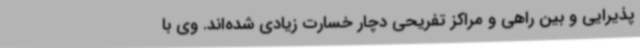
پذیرایی و بین راهی و مراکز تفریحی دچار خسارت زیادی شده‌اند. وی با